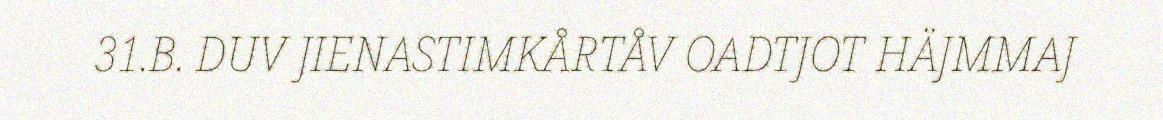
31.B. DUV JIENASTIMKÅRTÅV OADTJOT HÄJMMAJ